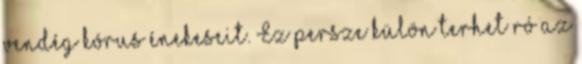
vendég kórus énekeseit. Ez persze külön terhet ró az